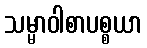
သမ္မာဝါစာပစ္စယာ